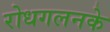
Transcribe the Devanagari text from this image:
रोधगलनके